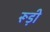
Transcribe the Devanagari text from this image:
रूड़ी